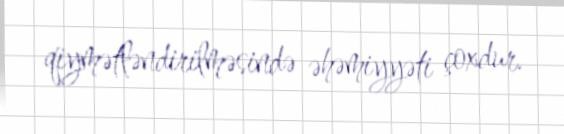
qiymətləndirilməsində əhəmiyyəti çoxdur.